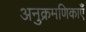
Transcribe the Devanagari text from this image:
अनुक्रमणिकाएँ